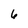
Character: 6